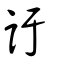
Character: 訏